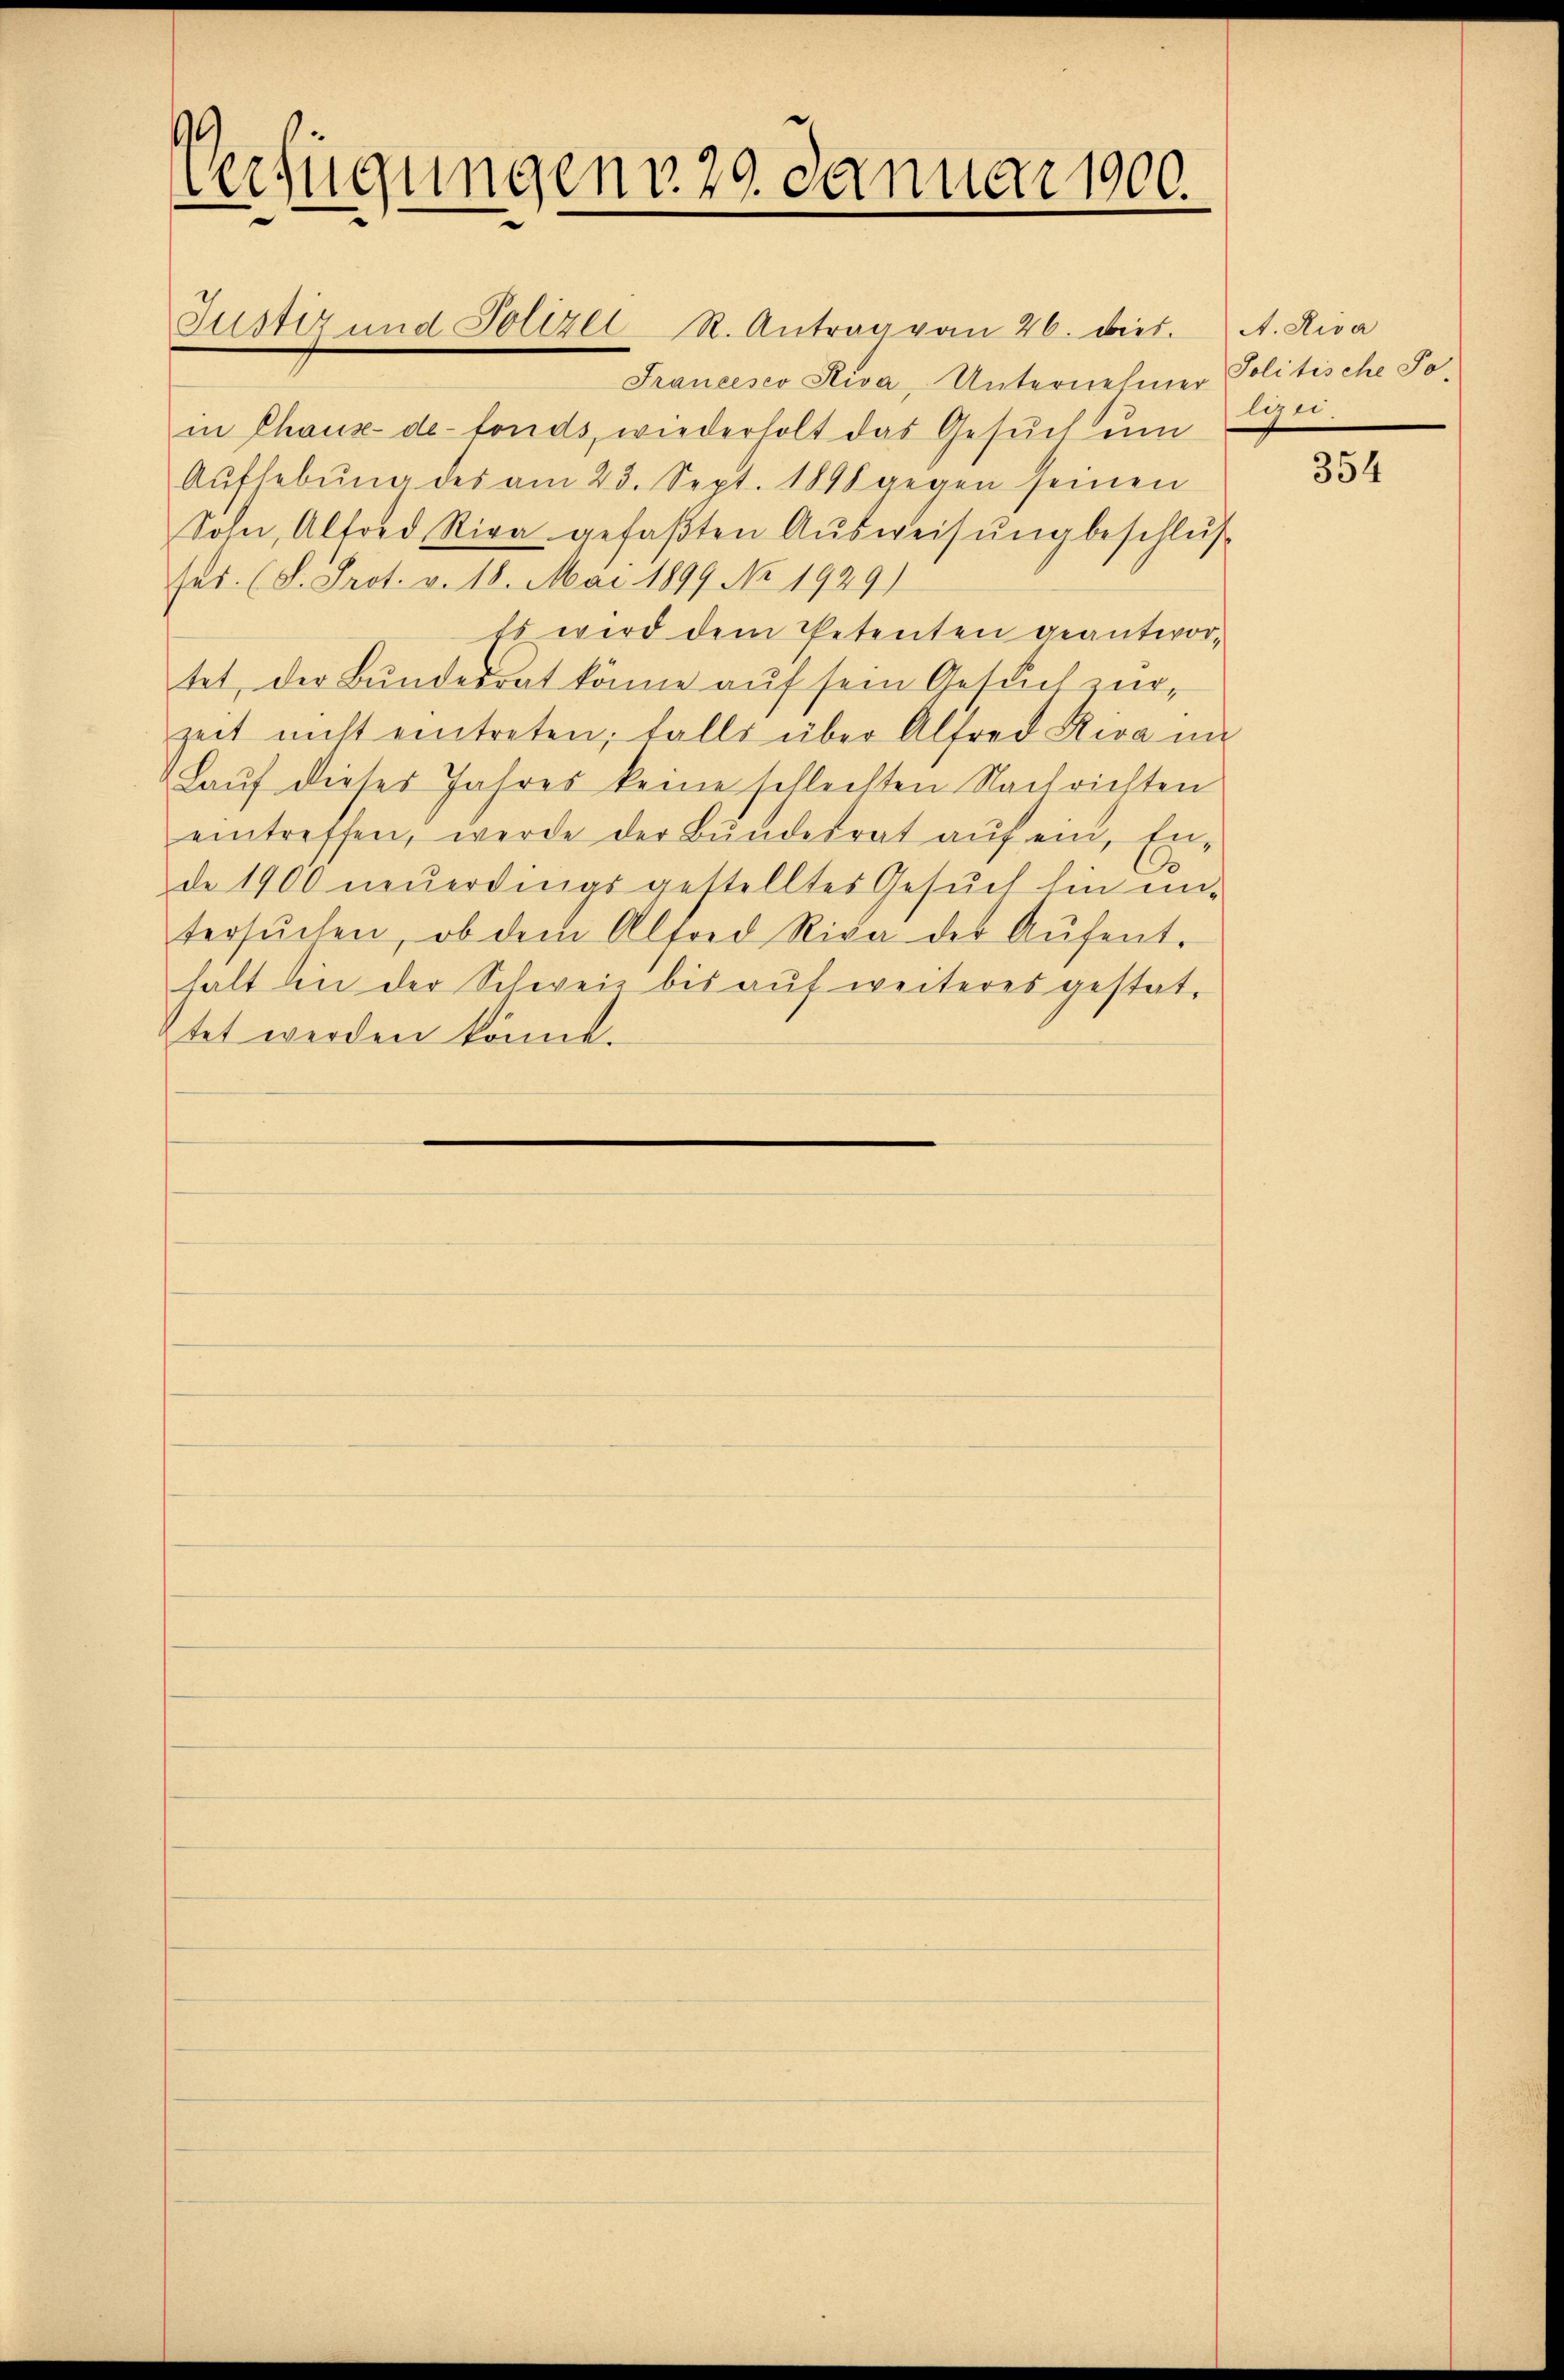
Verfügungen v. 29. Januar 1900.

Justiz und Polizei R. Antrag vom 26. dies. A. Riva
Francesco Riva, Unternehmer Politische So
in Chaux-de-Fonds, wiederholt das Gesŭch ŭm
Aŭfhebŭng des am 23. Sept. 1898 gegen seinen
Sohn, Altord Riva gefaβten Aŭsweisŭng beschlŭs
hes. (S. Prot. v. 18. Mai 1899 No 1929)
Es wird dem Petenten geantwortet, der Bundesrat könne auf sein Gesuch zur
zeit nicht eintreten; falls über Alfred Steva in
Lauf dieses Jahres keine schlechten Nachrichten
eintreffen, werde der Bŭndesrat aŭf ein, En-
de 1900 neŭerdings gestelltes Gesŭch hin un-
tersŭchen, ob dem Alfred Rica der Aŭfent-
halt bei der Schweiz bis auf weiteres gestatstet werden könnt.

e

354